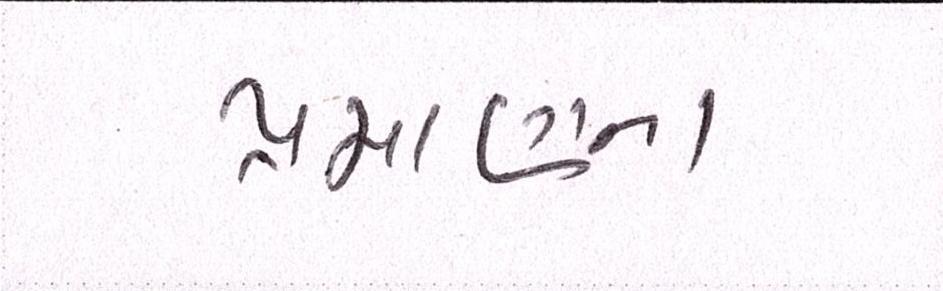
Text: પ્રમાણના